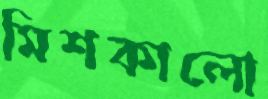
মিশকালো